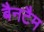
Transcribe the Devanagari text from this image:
बैनटैम